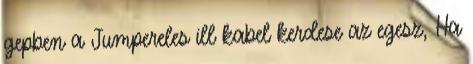
gepben a Jumpereles ill kabel kerdese az egesz, Ha